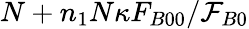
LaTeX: N+n_{1}N\kappa F_{B00}/\mathcal{F}_{B0}